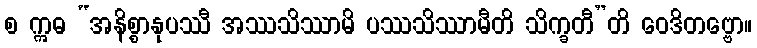
စ ဣဓ “အနိစ္စာနုပဿီ အဿသိဿာမိ ပဿသိဿာမီတိ သိက္ခတီ”တိ ဝေဒိတဗ္ဗော။